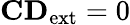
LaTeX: \mathbf{CD}_{\mathrm{{ext}}}=0